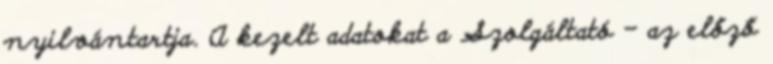
nyilvántartja. A kezelt adatokat a Szolgáltató – az előző